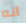
انه